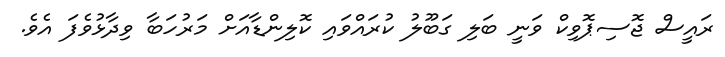
ރައީސް ޖޮސިޕޮވިކް ވަނީ ބަލި ގަބޫލު ކުރައްވައި ކޮލިންޑާއަށް މަރުހަބާ ވިދާޅުވެފަ އެވެ.